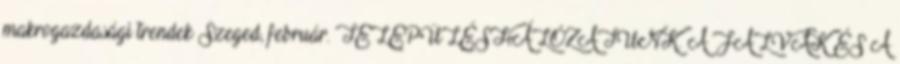
makrogazdasági trendek Szeged, február. TELEPÜLÉSHÁLÓZATUNK. A FALVAK ÉS A